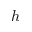
h